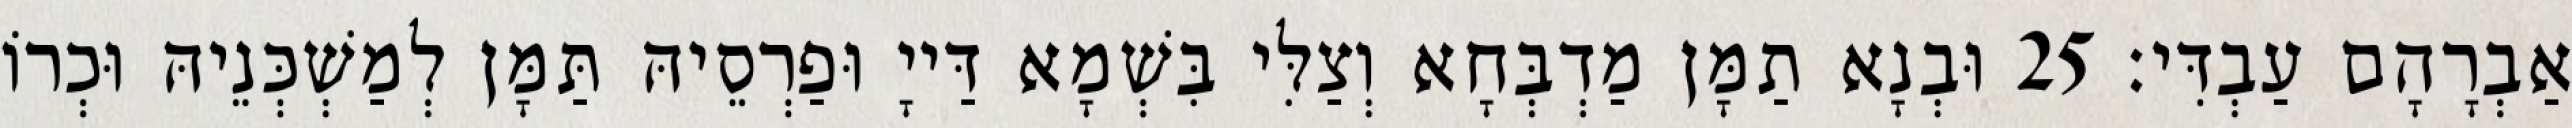
אַבְרָהָם עַבְדִּי׃ 25 וּבְנָא תַמָּן מַדְבְּחָא וְצַלִּי בִּשְׁמָא דַּייָ וּפַרְסֵיהּ תַּמָּן לְמַשְׁכְּנֵיהּ וּכְרוֹ